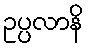
ဥပ္ပလာနိ